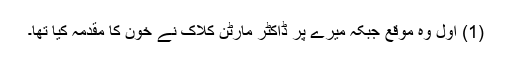
(1) اول وہ موقع جبکہ میرے پر ڈاکٹر مارٹن کلاک نے خون کا مقدمہ کیا تھا۔